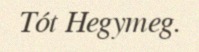
Tót Hegymeg.